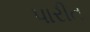
પારીત